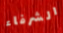
الشرفاء